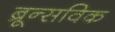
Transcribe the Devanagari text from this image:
ब्रून्सविक